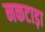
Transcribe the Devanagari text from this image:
नकटाड़ा